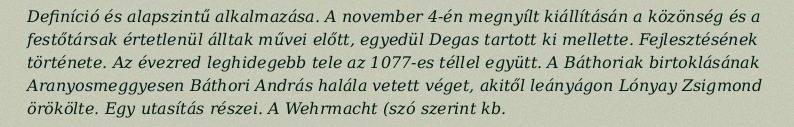
Definíció és alapszintű alkalmazása. A november 4-én megnyílt kiállításán a közönség és a festőtársak értetlenül álltak művei előtt, egyedül Degas tartott ki mellette. Fejlesztésének története. Az évezred leghidegebb tele az 1077-es téllel együtt. A Báthoriak birtoklásának Aranyosmeggyesen Báthori András halála vetett véget, akitől leányágon Lónyay Zsigmond örökölte. Egy utasítás részei. A Wehrmacht (szó szerint kb.